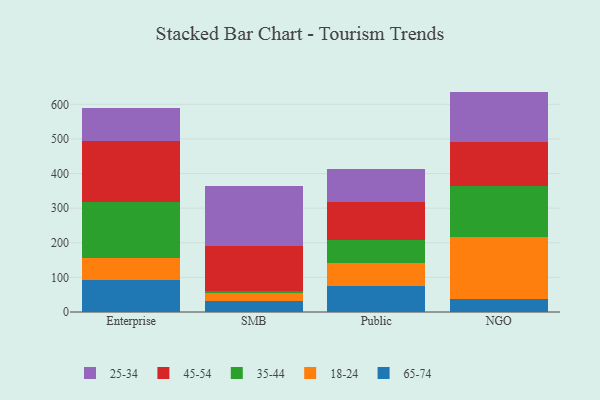
{"axis": {"x": "Segment", "y": "Gross Profit (USD K)"}, "legend": ["18-24", "25-34", "35-44", "45-54", "65-74"], "data": [{"x": "Enterprise", "y": 92.6, "type": "65-74"}, {"x": "Enterprise", "y": 62.9, "type": "18-24"}, {"x": "Enterprise", "y": 162.0, "type": "35-44"}, {"x": "Enterprise", "y": 175.2, "type": "45-54"}, {"x": "Enterprise", "y": 96.6, "type": "25-34"}, {"x": "SMB", "y": 31.0, "type": "65-74"}, {"x": "SMB", "y": 24.8, "type": "18-24"}, {"x": "SMB", "y": 5.4, "type": "35-44"}, {"x": "SMB", "y": 129.3, "type": "45-54"}, {"x": "SMB", "y": 174.5, "type": "25-34"}, {"x": "Public", "y": 75.8, "type": "65-74"}, {"x": "Public", "y": 65.1, "type": "18-24"}, {"x": "Public", "y": 66.9, "type": "35-44"}, {"x": "Public", "y": 109.1, "type": "45-54"}, {"x": "Public", "y": 96.7, "type": "25-34"}, {"x": "NGO", "y": 38.5, "type": "65-74"}, {"x": "NGO", "y": 177.6, "type": "18-24"}, {"x": "NGO", "y": 148.8, "type": "35-44"}, {"x": "NGO", "y": 126.7, "type": "45-54"}, {"x": "NGO", "y": 145.1, "type": "25-34"}]}